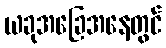
ယခုအခြေအနေတွင်